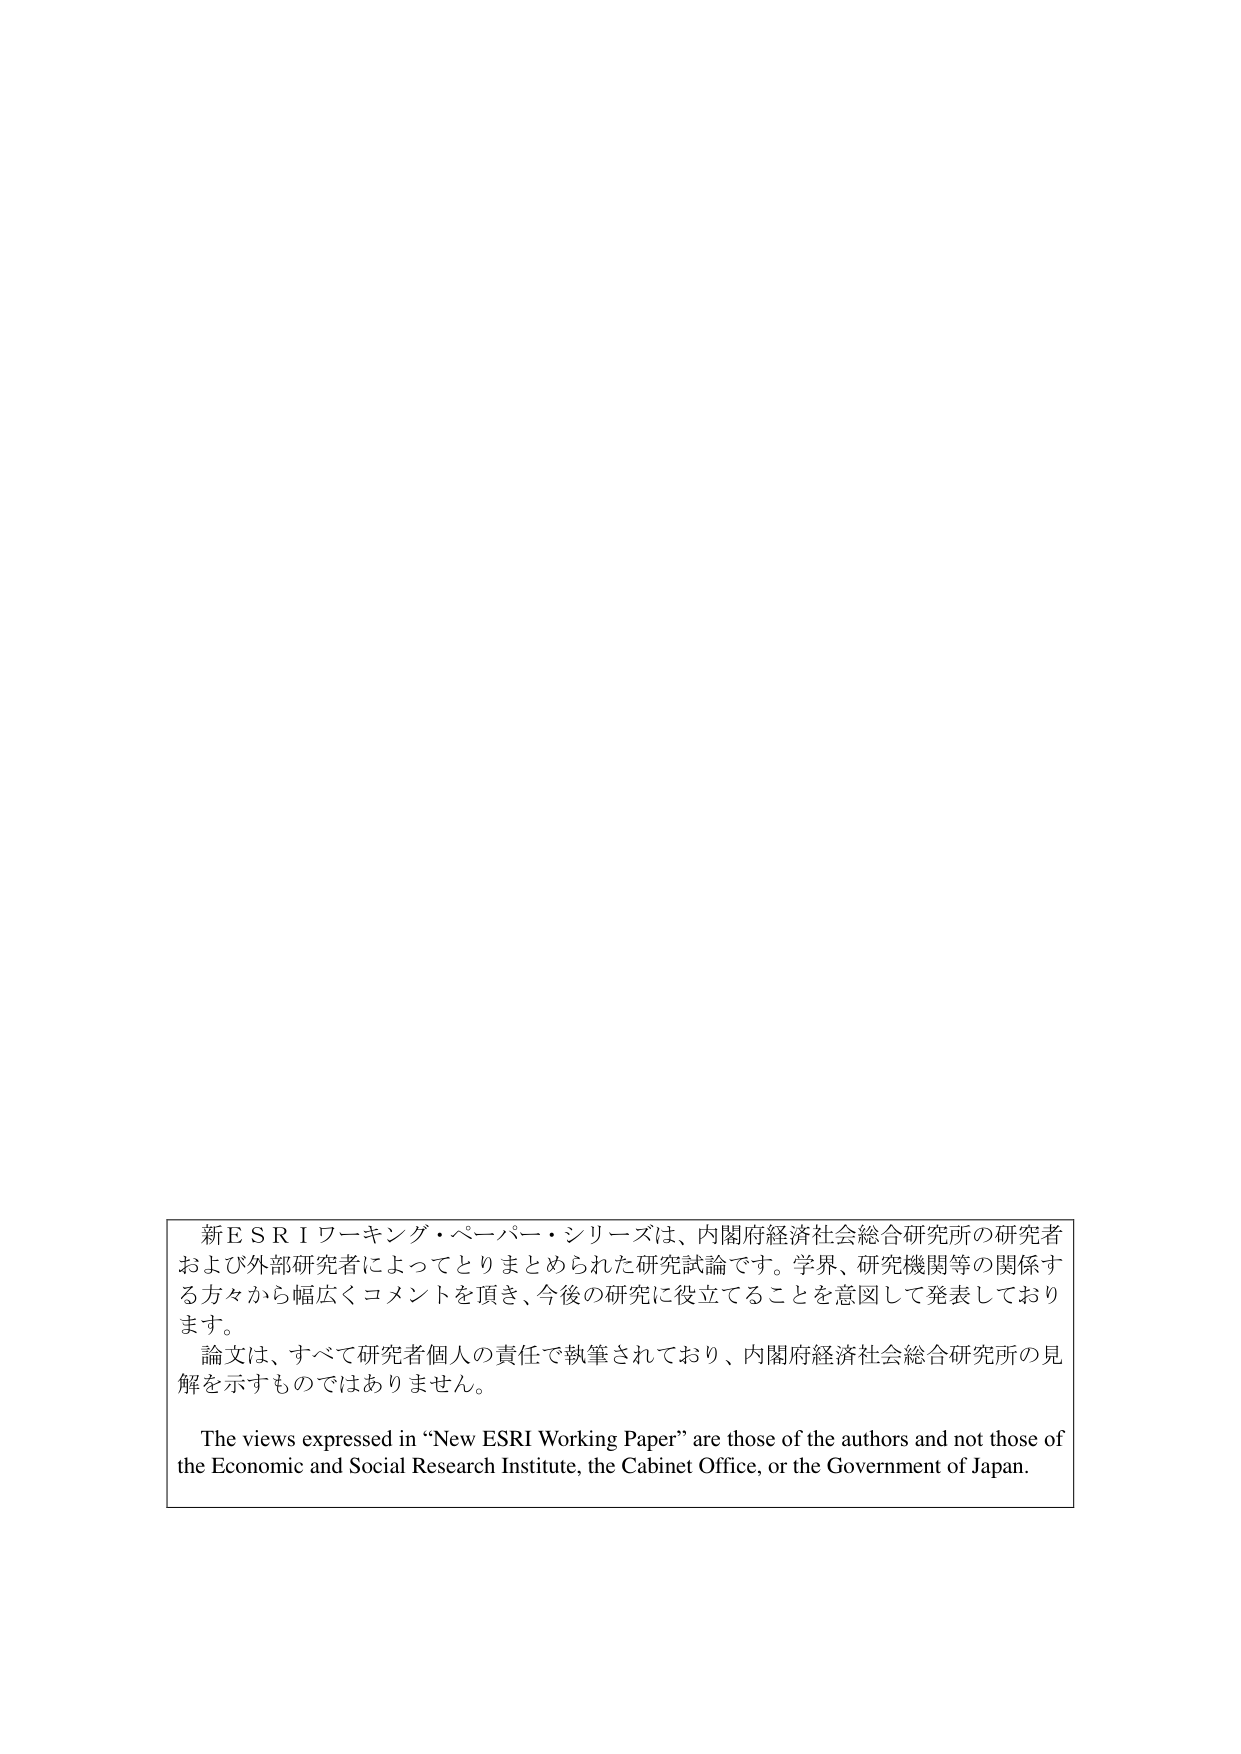
新ＥＳＲＩワーキング・ペーパー・シリーズは、内閣府経済社会総合研究所の研究者および外部研究者によってとりまとめられた研究試論です。学界、研究機関等の関係する方々から幅広くコメントを頂き、今後の研究に役立てることを意図して発表しております。

論文は、すべて研究者個人の責任で執筆されており、内閣府経済社会総合研究所の見解を示すものではありません。

The views expressed in “New ESRI Working Paper” are those of the authors and not those of the Economic and Social Research Institute, the Cabinet Office, or the Government of Japan.